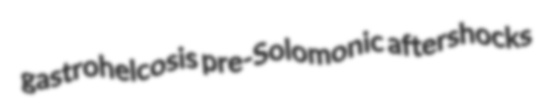
gastrohelcosis pre-Solomonic aftershocks